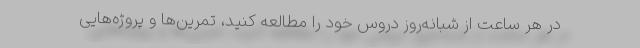
در هر ساعت از شبانه‌روز دروس خود را مطالعه کنید، تمرین‌ها و پروژه‌هایی